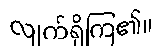
လျက်ရှိကြ၏။